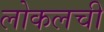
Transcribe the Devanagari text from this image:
लोकलची